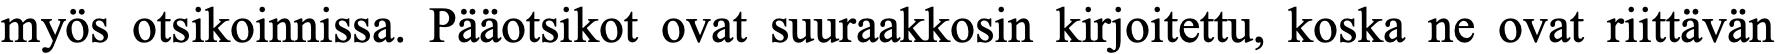
myös otsikoinnissa. Pääotsikot ovat suuraakkosin kirjoitettu, koska ne ovat riittävän